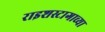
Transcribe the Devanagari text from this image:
राइशस्टागाच्या